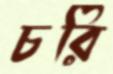
চরি